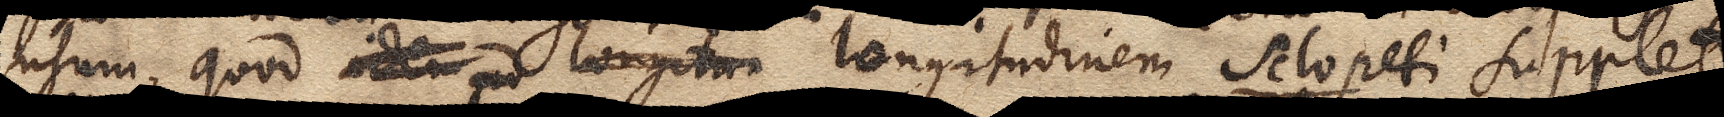
usum, quod idem ad longitu longitudinem Sclopeti supplet.